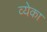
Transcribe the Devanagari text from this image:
व्येका